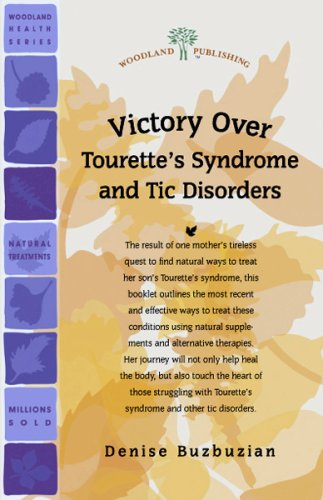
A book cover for Victory Over Tourette's Syndrome and Tic Disorders; Denise Buzbuzian; Health, Fitness & Dieting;